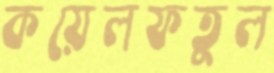
কয়েলফতুল